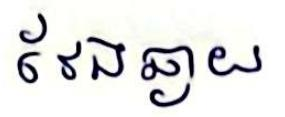
វែងឆ្ងាយ